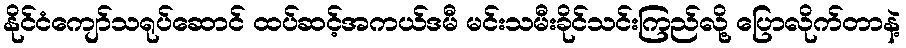
နိုင်ငံကျော်သရုပ်ဆောင် ထပ်ဆင့်အကယ်ဒမီ မင်းသမီးခိုင်သင်းကြည်လို့ ပြောလိုက်တာနဲ့